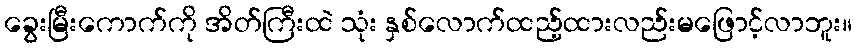
ခွေးမြီးကောက်ကို အိတ်ကြီးထဲ သုံး နှစ်လောက်ထည့်ထားလည်းမဖြောင့်လာဘူး။